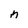
Character: n